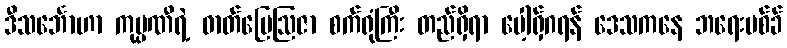
ဒီသင်္ဘောဟာ ကုမ္ပဏီရဲ့ ဓာတ်မြေဩဇာ စက်ရုံကြီး တည်ရှိရာ ပေါ့ရှ်ဂရန် ဒေသကနေ ဘရေးဗစ်ခ်